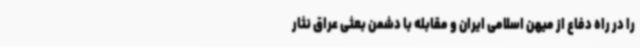
را در راه دفاع از میهن اسلامی ایران و مقابله با دشمن بعثی عراق نثار